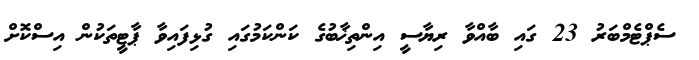
ސެޕްޓެމްބަރު 23 ގައި ބާއްވާ ރިޔާސީ އިންތިޚާބުގެ ކަންކަމުގައި ގުޅިފައިވާ ޕާޓީތަކުން އިސްކޮށް